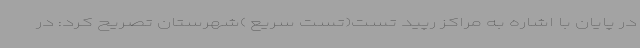
در پایان با اشاره به مراکز رپید تست(تست سریع )شهرستان تصریح کرد: در